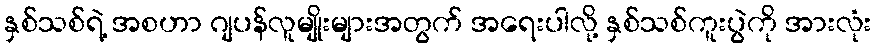
နှစ်သစ်ရဲ့ အစဟာ ဂျပန်လူမျိုးများအတွက် အရေးပါလို့ နှစ်သစ်ကူးပွဲကို အားလုံး